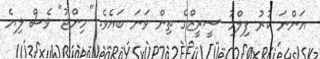
އަންނަ ކުރު ފިލްމު ސީރީޒްގެ ތިން ވަނަ ބައެވެ. "މިންޖު" ވެސް ލިޔެ